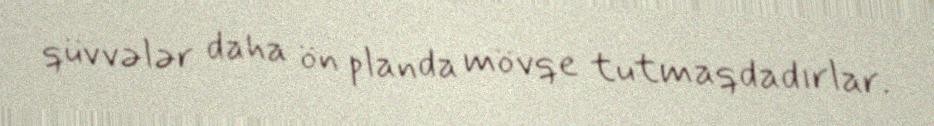
qüvvələr daha ön planda mövqe tutmaqdadırlar.